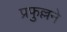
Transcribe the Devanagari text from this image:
प्रफुल्लने